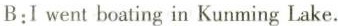
B:I went boating in Kunming Lake.